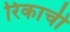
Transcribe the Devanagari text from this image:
रिकाची